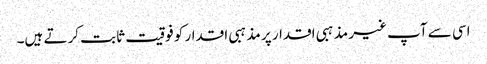
اسی سے آپ غیر مذہبی اقدار پر مذہبی اقدار کو فوقیت ثابت کرتے ہیں۔